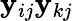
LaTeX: \mathbf{y}_{ij}\mathbf{y}_{kj}